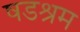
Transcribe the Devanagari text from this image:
षडश्रम